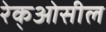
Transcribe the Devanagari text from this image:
रेक्‌ओसील